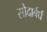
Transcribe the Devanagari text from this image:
सोदार्बर्घ